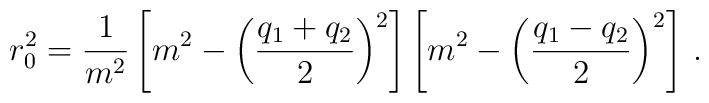
r_{0}^{2} = \frac{1}{m^{2}} \left[m^{2} -\left(\frac{q_{1}+q_{2}}{2}\right)^{2}\right]\left[m^{2} -\left(\frac{q_{1}-q_{2}}{2}\right)^{2}\right]\, .